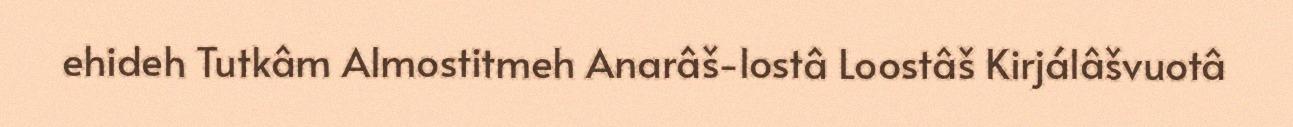
ehideh Tutkâm Almostitmeh Anarâš-lostâ Loostâš Kirjálâšvuotâ